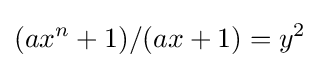
(ax^{n}+1)/(ax+1)=y^{2}